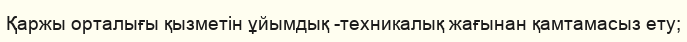
Қаржы орталығы қызметін ұйымдық -техникалық жағынан қамтамасыз ету;